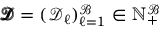
\pmb { \mathcal { D } } = ( \mathcal { D } _ { \ell } ) _ { \ell = 1 } ^ { \mathcal { B } } \in \mathbb { N } _ { + } ^ { \mathcal { B } }